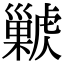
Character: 𢀊